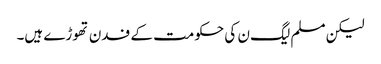
لیکن مسلم لیگ ن کی حکومت کے فدن تھوڑے ہیں۔